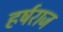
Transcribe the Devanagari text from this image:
हर्षराज